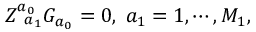
Z _ { \; \; a _ { 1 } } ^ { a _ { 0 } } G _ { a _ { 0 } } = 0 , \; a _ { 1 } = 1 , \cdots , M _ { 1 } ,